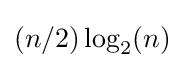
{\textstyle (n/2)\log _{2}(n)}